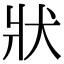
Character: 狀